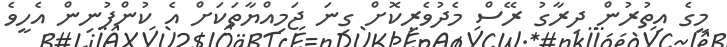
މީގެ އިތުރުން ދިރާގު ރޭސް މެދުވެރިކޮށް ގިނަ ޖަމިއްޔާތަކަށް އެ ކުންފުނިން އެހީވެ